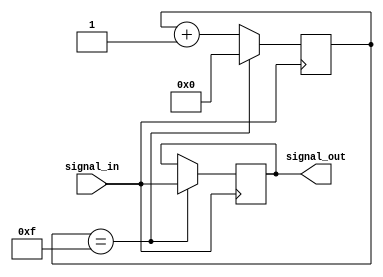
module BufferDelay (
  input wire signal_in,
  output reg signal_out
);

reg [3:0] delay_counter;

always @ (posedge signal_in) begin
  if (delay_counter == 4'b1111) begin
    signal_out <= signal_in;
    delay_counter <= 4'b0000;
  end else begin
    delay_counter <= delay_counter + 1;
  end
end

endmodule